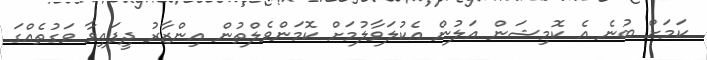
ކަމަށް ބުނެ އެ ކޮމިޝަން އަލުން އެކުލަވާލުމަށް ކޮމަންވެލްތުން އިންޒާރު ދީފައިވާ ވަގުތެއްގަ